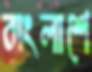
বাংলাশে